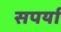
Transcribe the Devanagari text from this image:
सपर्या